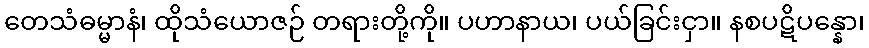
တေသံဓမ္မာနံ၊ ထိုသံယောဇဉ် တရားတို့ကို။ ပဟာနာယ၊ ပယ်ခြင်းငှာ။ နစပဋိပန္နော၊